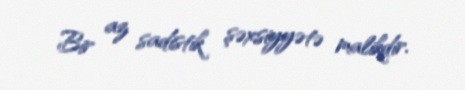
Bir az sadistik şəxsiyyətə malikdir.